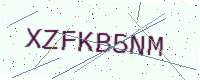
Text: XZFKB5NM